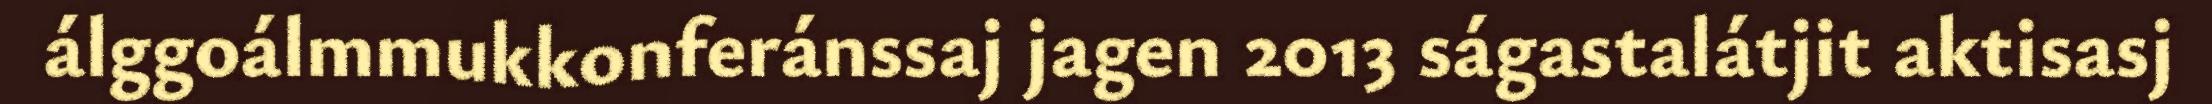
álggoálmmukkonferánssaj jagen 2013 ságastalátjit aktisasj